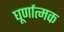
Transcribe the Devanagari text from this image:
घूर्णात्मक